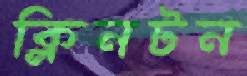
ক্লিনটন